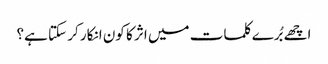
اچھے بُرے کلمات میں اثر کا کون انکار کر سکتا ہے؟